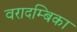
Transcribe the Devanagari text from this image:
वरादम्बिका